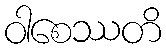
ဝါစေဿတိ